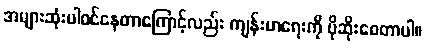
အများဆုံးပါဝင်နေတာကြောင့်လည်း ကျန်းမာရေးကို ပိုဆိုးစေတာပါ။